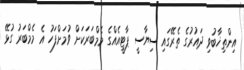
އިންތިޚާބުވި ދައުރުގެ ތެރޭގައި ސިޔާސީ ޕާޓީއެއްގެ މެމްބަރަކަށް ވުމަށްފަހު އެ މެމްބަރު ގުޅޭ